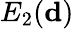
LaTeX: E_{2}({\mathbf d})